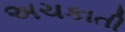
અચકાતી